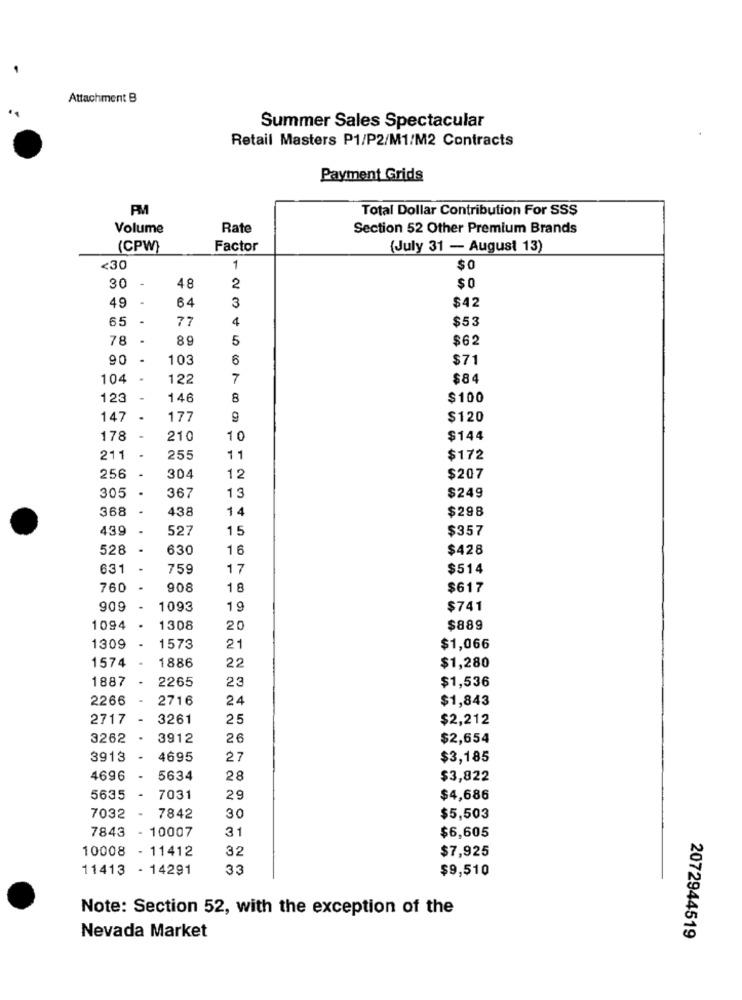
Attachment B
Summer Sales Spectacular
Retail Masters P1/P2/M1/M2 Contracts
Payment Grids
Total Dollar Contribution For SSS
Volume
Rate
Section 52 Other Premium Brands
(CPW)
Factor
(July 31 - August 13)
<30
1
$ 0
-
30
48
2
$0
$42
49
64
3
65
.
77
4
$53
78
8 9
5
$62
90
103
6
$71
104
122
7
$84
123
146
8
$100
147
177
9
$120
178
210
10
$144
211
255
11
$172
-
256
304
12
$207
305
367
13
$249
368
438
14
$298
439
527
15
$357
528
630
16
$428
631
-
759
17
$514
760
908
18
$617
909
1093
19
$741
1094
.
1308
20
$889
1309
1573
21
$1,066
1574
22
$1,280
1886
1887
2265
23
$1,536
2266
2716
24
$1,843
2717
3261
25
$2,212
3262
3912
26
$2,654
3913
4695
27
$3,185
4696
5634
28
$3,822
5635
7031
29
$4,686
7032
7842
30
$5,503
7843
- 10007
31
$6,605
10008
- 11412
32
$7,925
11413 - 14291
33
$9,510
Note: Section 52, with the exception of the
2072944519
Nevada Market